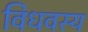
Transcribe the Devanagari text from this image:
विधवस्य